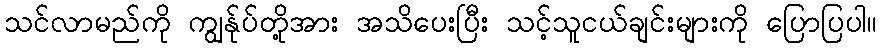
သင်လာမည်ကို ကျွန်ုပ်တို့အား အသိပေးပြီး သင့်သူငယ်ချင်းများကို ပြောပြပါ။